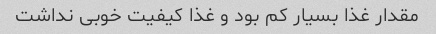
مقدار غذا بسیار کم بود و غذا کیفیت خوبى نداشت